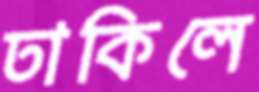
ঢাকিলে